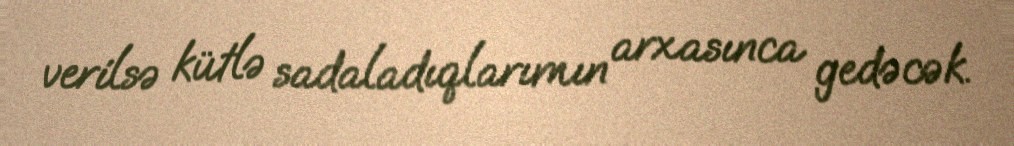
verilsə kütlə sadaladıqlarımın arxasınca gedəcək.